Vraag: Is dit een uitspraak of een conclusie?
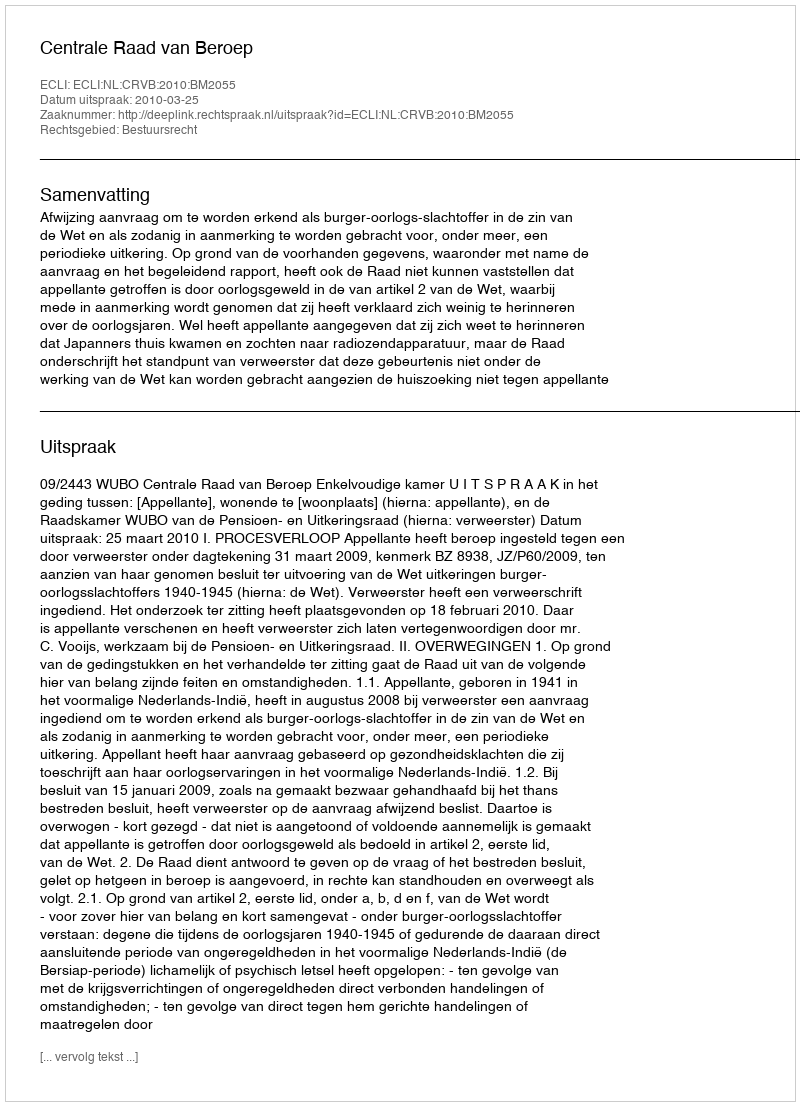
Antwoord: Uitspraak